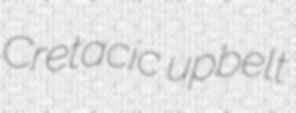
Cretacic upbelt